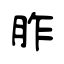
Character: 胙